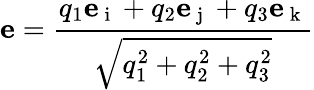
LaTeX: \displaystyle{\mathbf e}=\frac{q_{1}{\mathbf e}_{\mathrm{~i~}}+q_{2}{\mathbf e}_{\mathrm{~j~}}+q_{3}{\mathbf e}_{\mathrm{~k~}}}{\sqrt{q_{1}^{2}+q_{2}^{2}+q_{3}^{2}}}